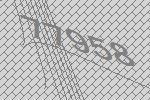
77958